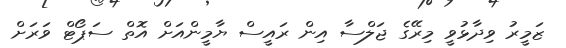
ޒަމީރު ވިދާޅުވީ މިރޭގެ ޖަލްސާ އިން ރައީސް ޔާމީންއަށް އޮތް ސަޕޯޓް ވަރަށް